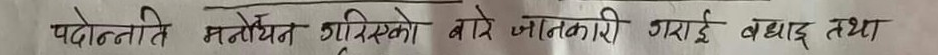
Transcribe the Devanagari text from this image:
पदोन्नति मनोनयन गरिएको बारे जानकारी गराई बधाई तथा